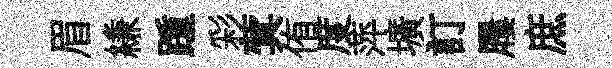
眉縑踵彩蓂侑度萍壙訂屨庶